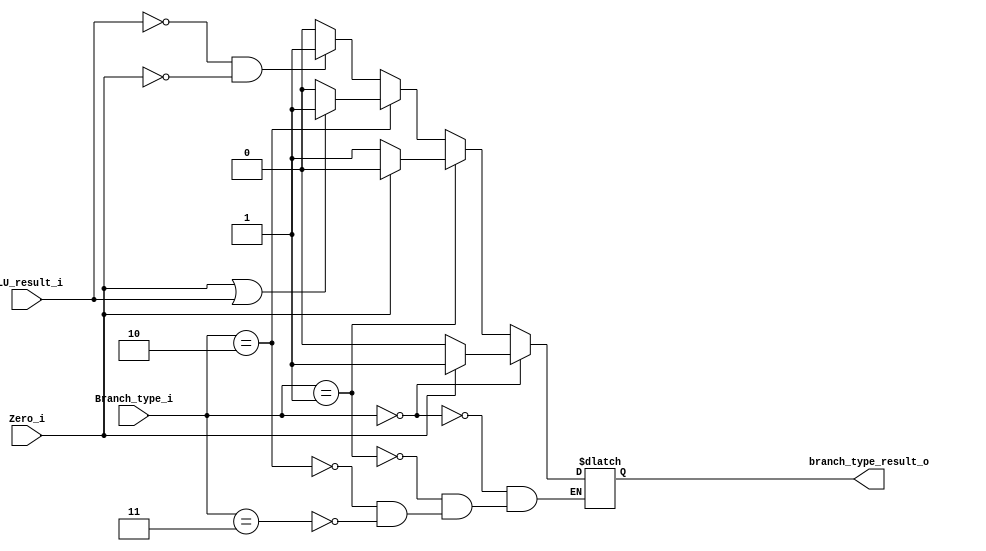

module Branch_type(
    Branch_type_i,
	Zero_i,
	ALU_result_i,
	branch_type_result_o
    );

input [2-1:0] Branch_type_i;
input Zero_i;
input ALU_result_i;

output branch_type_result_o;
reg branch_type_result_o;
always @(*) begin
	if(Branch_type_i==0)begin //beq
		if(Zero_i==1)begin
			branch_type_result_o <= 1;			
		end
		else begin
			branch_type_result_o <= 0;		
		end
	end
	else if(Branch_type_i==1)begin //bne
		if(Zero_i==1)begin
			branch_type_result_o <= 0;	
		end
		else begin
			branch_type_result_o <= 1;
		end
	end
	else if(Branch_type_i==2)begin //blez <=
		if(Zero_i==1 || ALU_result_i==1)begin
			branch_type_result_o <= 1;		
		end
		else begin
			branch_type_result_o <= 0;		
		end
	end
	else if(Branch_type_i==3)begin
		if(ALU_result_i==0 && Zero_i!=1)begin
			branch_type_result_o <= 1;
		end
		else begin
			branch_type_result_o <= 0;		
		end
	end
end

endmodule